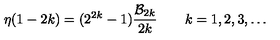
\eta ( 1 - 2 k ) = ( 2 ^ { 2 k } - 1 ) { \frac { { \cal B } _ { 2 k } } { 2 k } } \qquad k = 1 , 2 , 3 , \ldots